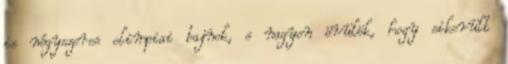
is négyszeres olimpiai bajnok, s nagyon örülök, hogy sikerült